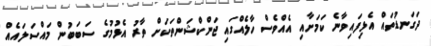
ދަގަނޑުތައް އެޅިފައިވާނެ ކަމަށާއި އެއްވެސް ހާލެއްގައި ޖަންކްޝަންތަކަށް ތާރު އެޅުމުގެ ސަބަބުން މައްސަލައެއް